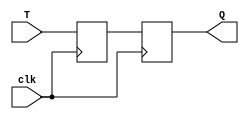
module t_flipflop (
    input T,
    input clk,
    output reg Q
);

reg master_ff, slave_ff;

always @(posedge clk) begin
    // Master flip-flop
    master_ff <= T;
    
    // Slave flip-flop
    if (clk) begin
        slave_ff <= master_ff;
    end
end

// Output of the slave flip-flop
assign Q = slave_ff;

endmodule